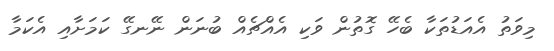
މިވަތު އެއަޑުތަކާ ބެހޭ ގޮތުން ވަކި އެއްޗެއް ބުނަން ނޭނގޭ ކަމަށާއި އެކަމާ